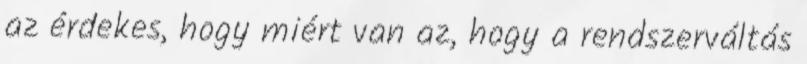
az érdekes, hogy miért van az, hogy a rendszerváltás